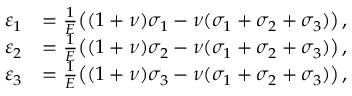
{ \begin{array} { r l } { \varepsilon _ { 1 } } & { = { \frac { 1 } { E } } { \big ( } ( 1 + \nu ) \sigma _ { 1 } - \nu ( \sigma _ { 1 } + \sigma _ { 2 } + \sigma _ { 3 } ) { \big ) } \, , } \\ { \varepsilon _ { 2 } } & { = { \frac { 1 } { E } } { \big ( } ( 1 + \nu ) \sigma _ { 2 } - \nu ( \sigma _ { 1 } + \sigma _ { 2 } + \sigma _ { 3 } ) { \big ) } \, , } \\ { \varepsilon _ { 3 } } & { = { \frac { 1 } { E } } { \big ( } ( 1 + \nu ) \sigma _ { 3 } - \nu ( \sigma _ { 1 } + \sigma _ { 2 } + \sigma _ { 3 } ) { \big ) } \, , } \end{array} }